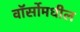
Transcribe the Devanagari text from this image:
वॉर्सोमधील